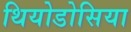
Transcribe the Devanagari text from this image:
थियोडोसिया